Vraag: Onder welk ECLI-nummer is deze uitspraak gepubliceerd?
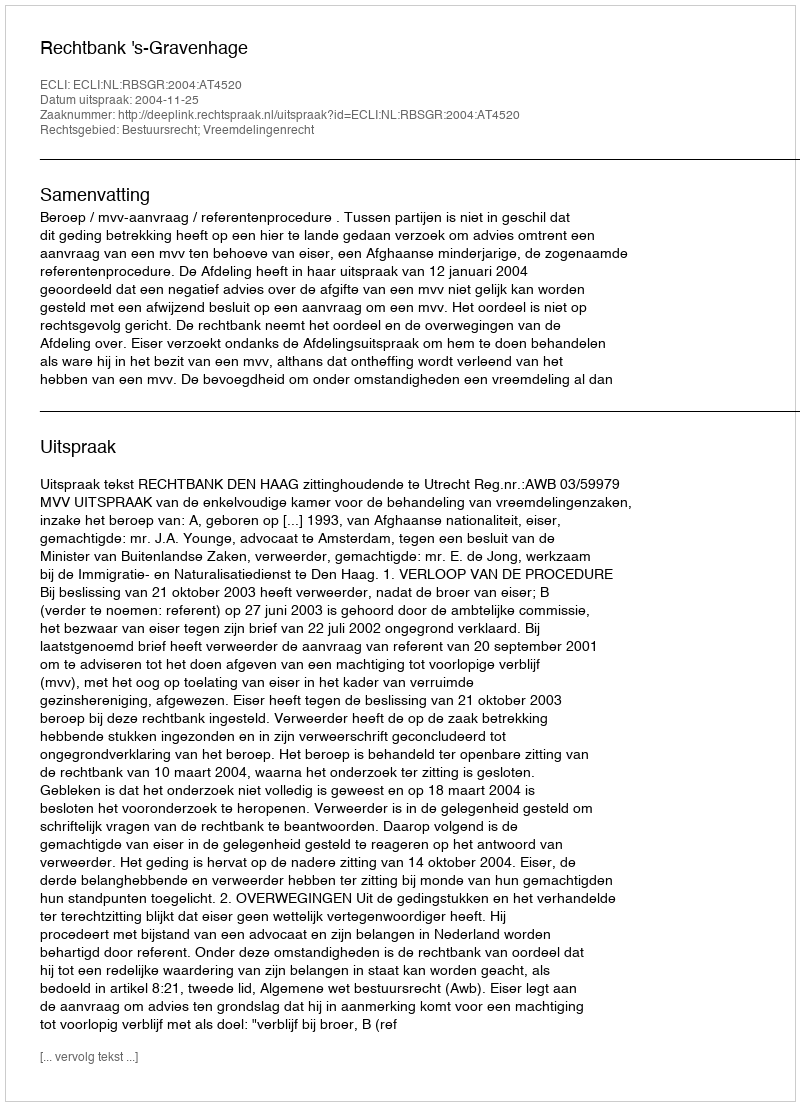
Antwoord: ECLI:NL:RBSGR:2004:AT4520